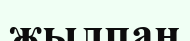
жылпаң